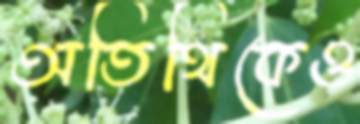
অতিথিকেও